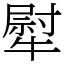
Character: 犚